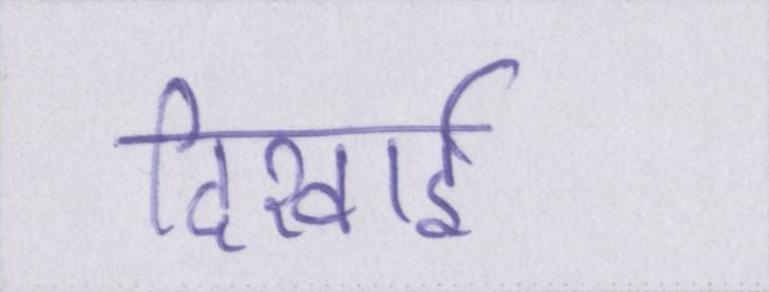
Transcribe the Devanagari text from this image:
दिखाई